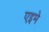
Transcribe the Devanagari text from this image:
एइमे